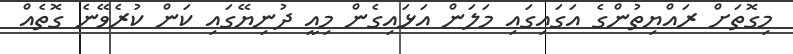
މިގޮތަށް ރައްޔިތުންގެ އަގައިގައި މަލަން އަޅައިގެން މިއީ ދުނިޔޭގައި ކަން ކުރެވޭނެ ގޮތެއް